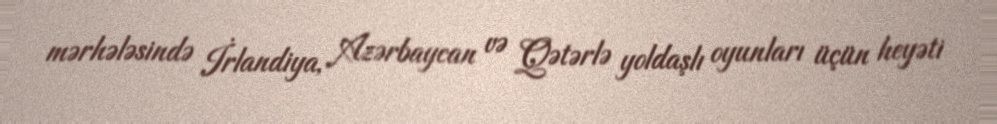
mərhələsində İrlandiya, Azərbaycan və Qətərlə yoldaşlı oyunları üçün heyəti